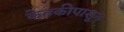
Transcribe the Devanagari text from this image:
केतकीपासून